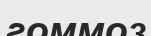
гоммоз